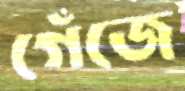
গেঁজে